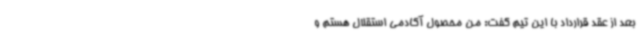
بعد از عقد قرارداد با این تیم گفت: من محصول آکادمی استقلال هستم و